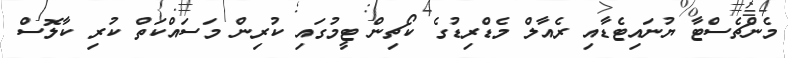
މެންޗެސްޓާ ޔުނައިޓެޑާއި ރެއާލް މެޑްރިޑުގެ ކޯޗިން ޓީމުގައި ކުރިން މަސައްކަތް ކުރި ކާލޮސް